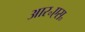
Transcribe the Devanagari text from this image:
आर॰एस॰